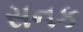
સનક